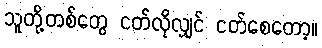
သူတို့တစ်တွေ ငတ်လိုလျှင် ငတ်စေတော့။